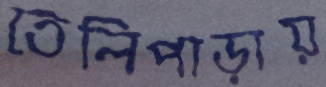
তেলিপাড়ায়